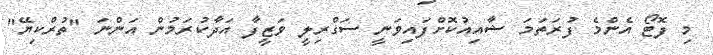
މި ފޮޓޯ އެންމެ ފުރަތަމަ ޝާއިއުކޮށްފައިވަނީ ސަގްރިލީ ވަޒީފާ އަދާކުރަމުން އަންނަ "ތުރްކިޔޭ"